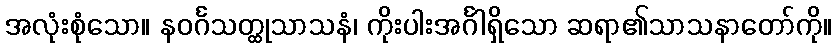
အလုံးစုံသော။ နဝင်္ဂသတ္ထုသာသနံ၊ ကိုးပါးအင်္ဂါရှိသော ဆရာ၏သာသနာတော်ကို။